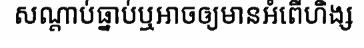
សណ្តាប់ធ្នាប់ឬអាចឲ្យមានអំពើហិង្ស